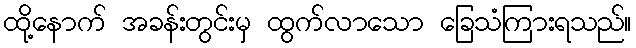
ထို့နောက် အခန်းတွင်းမှ ထွက်လာသော ခြေသံကြားရသည်။